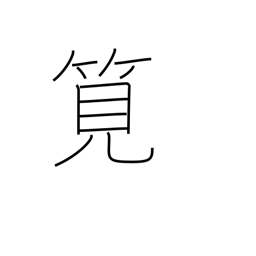
Meaning: flume